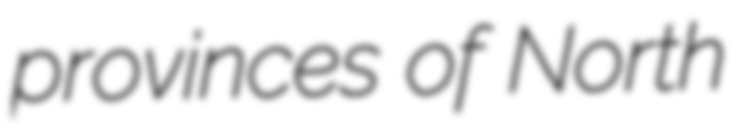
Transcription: provinces of North